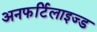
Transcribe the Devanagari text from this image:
अनफर्टिलाइज्ड